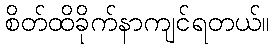
စိတ်ထိခိုက်နာကျင်ရတယ်။